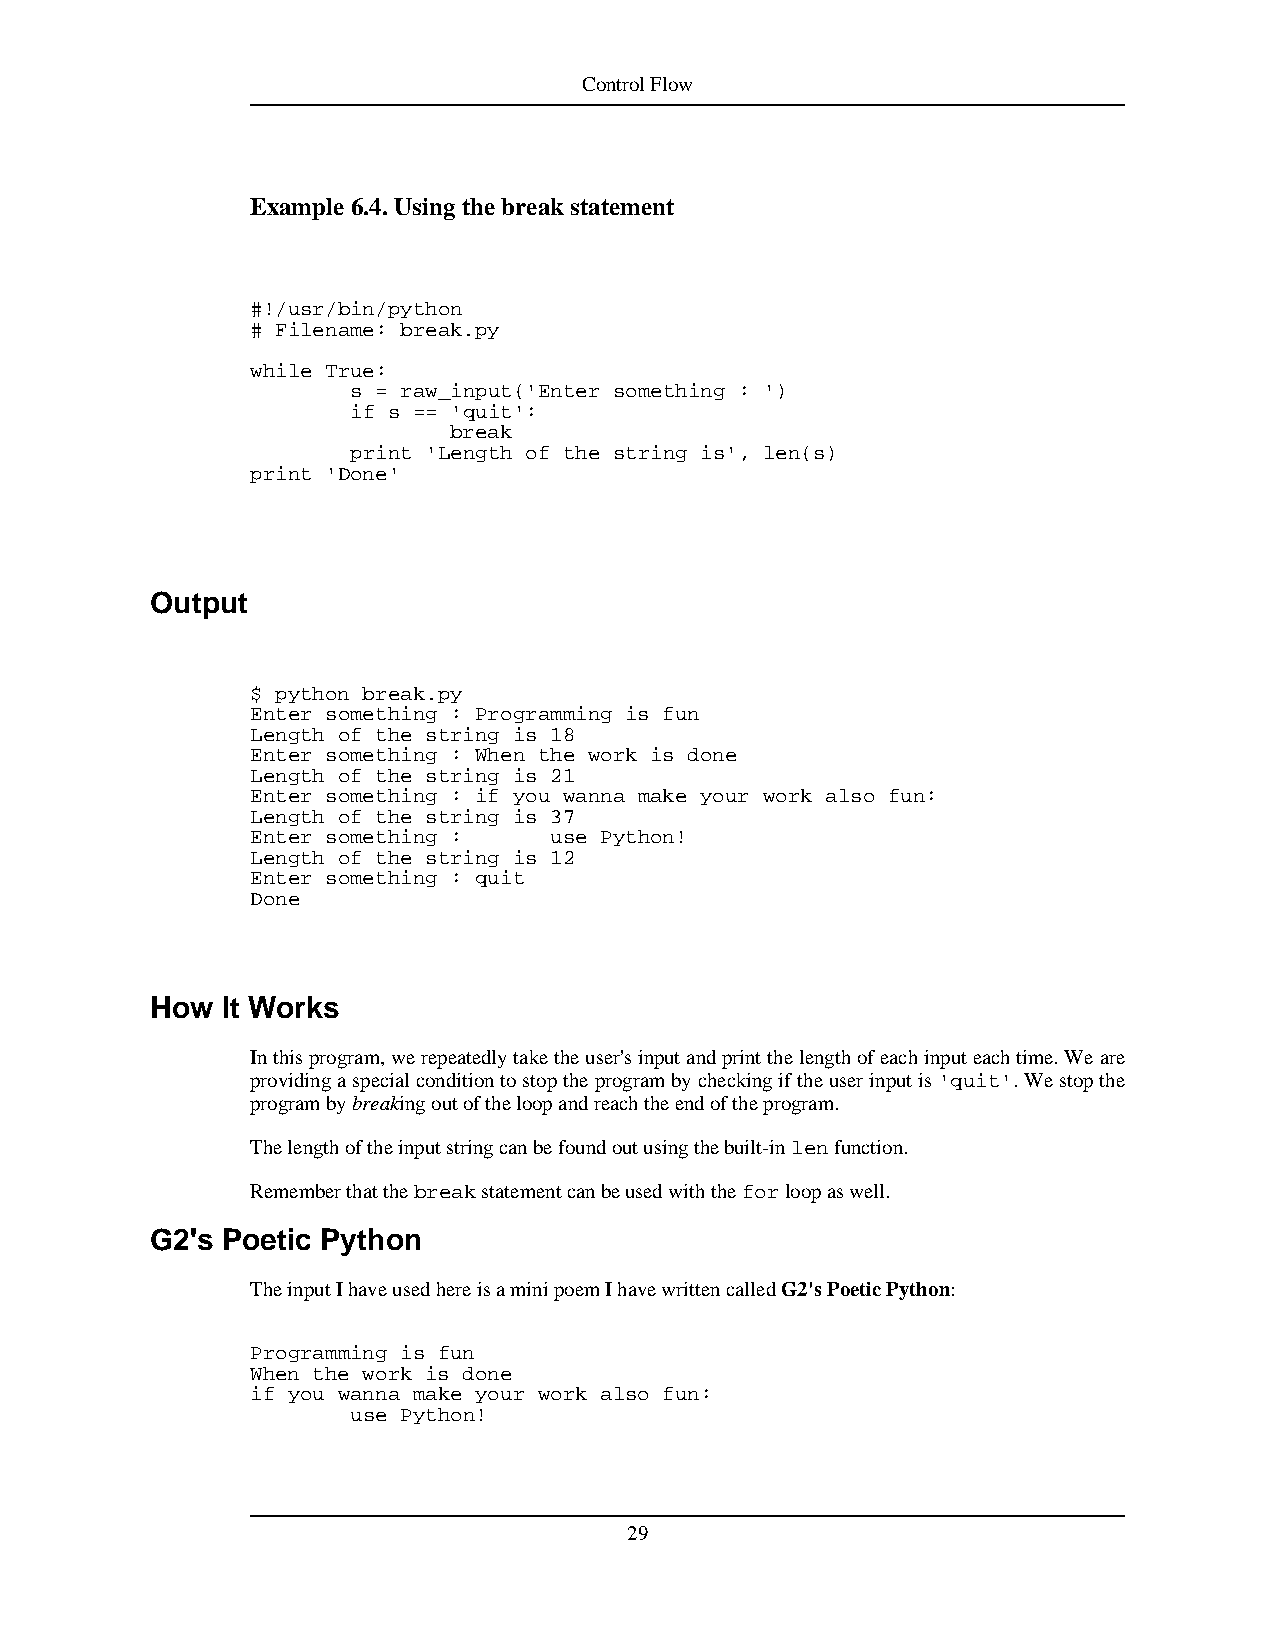
ControlFlow
 Example 6.4.Usingthebreakstatement
 #!/usr/bin/python
 # Filename: break.py
 while True:
 s = raw_input('Enter something : ')
 if s == 'quit':
 break
 print 'Length of the string is', len(s)
 print 'Done'
 Output
 $ python break.py
 Enter something : Programming is fun
 Length of the string is 18
 Enter something : When the work is done
 Length of the string is 21
 Enter something : if you wanna make your work also fun:
 Length of the string is 37
 Enter something :  use Python!
 Length of the string is 12
 Enter something : quit
 Done
 How  It Works
 Inthisprogram,werepeatedlytaketheuser'sinputandprintthelengthofeachinputeachtime.Weare
 providingaspecialconditiontostoptheprogrambycheckingiftheuserinputis'quit'.Westopthe
 programbybreakingoutoftheloopandreachtheendoftheprogram.
 Thelengthoftheinputstringcanbefoundoutusingthebuilt-inlenfunction.
 Rememberthatthebreakstatementcanbeusedwiththeforloopaswell.
 G2's Poetic Python
 TheinputIhaveusedhereisaminipoemIhavewrittencalledG2'sPoeticPython:
 Programming is fun
 When the work is done
 if you wanna make your work also fun:
 use Python!
 29